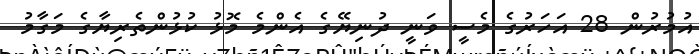
އުމުރުން 28 އަހަރުގެ މެސީ ވަނީ ދުނިޔޭގެ އެންމެ މޮޅު ކުޅުންތެރިޔާގެ މަގާމު